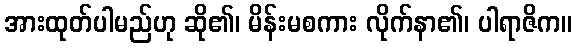
အားထုတ်ပါမည်ဟု ဆို၏၊ မိန်းမစကား လိုက်နာ၏၊ ပါရာဇိက။